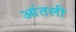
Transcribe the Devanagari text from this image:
आंतली